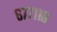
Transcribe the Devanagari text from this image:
६७७११८